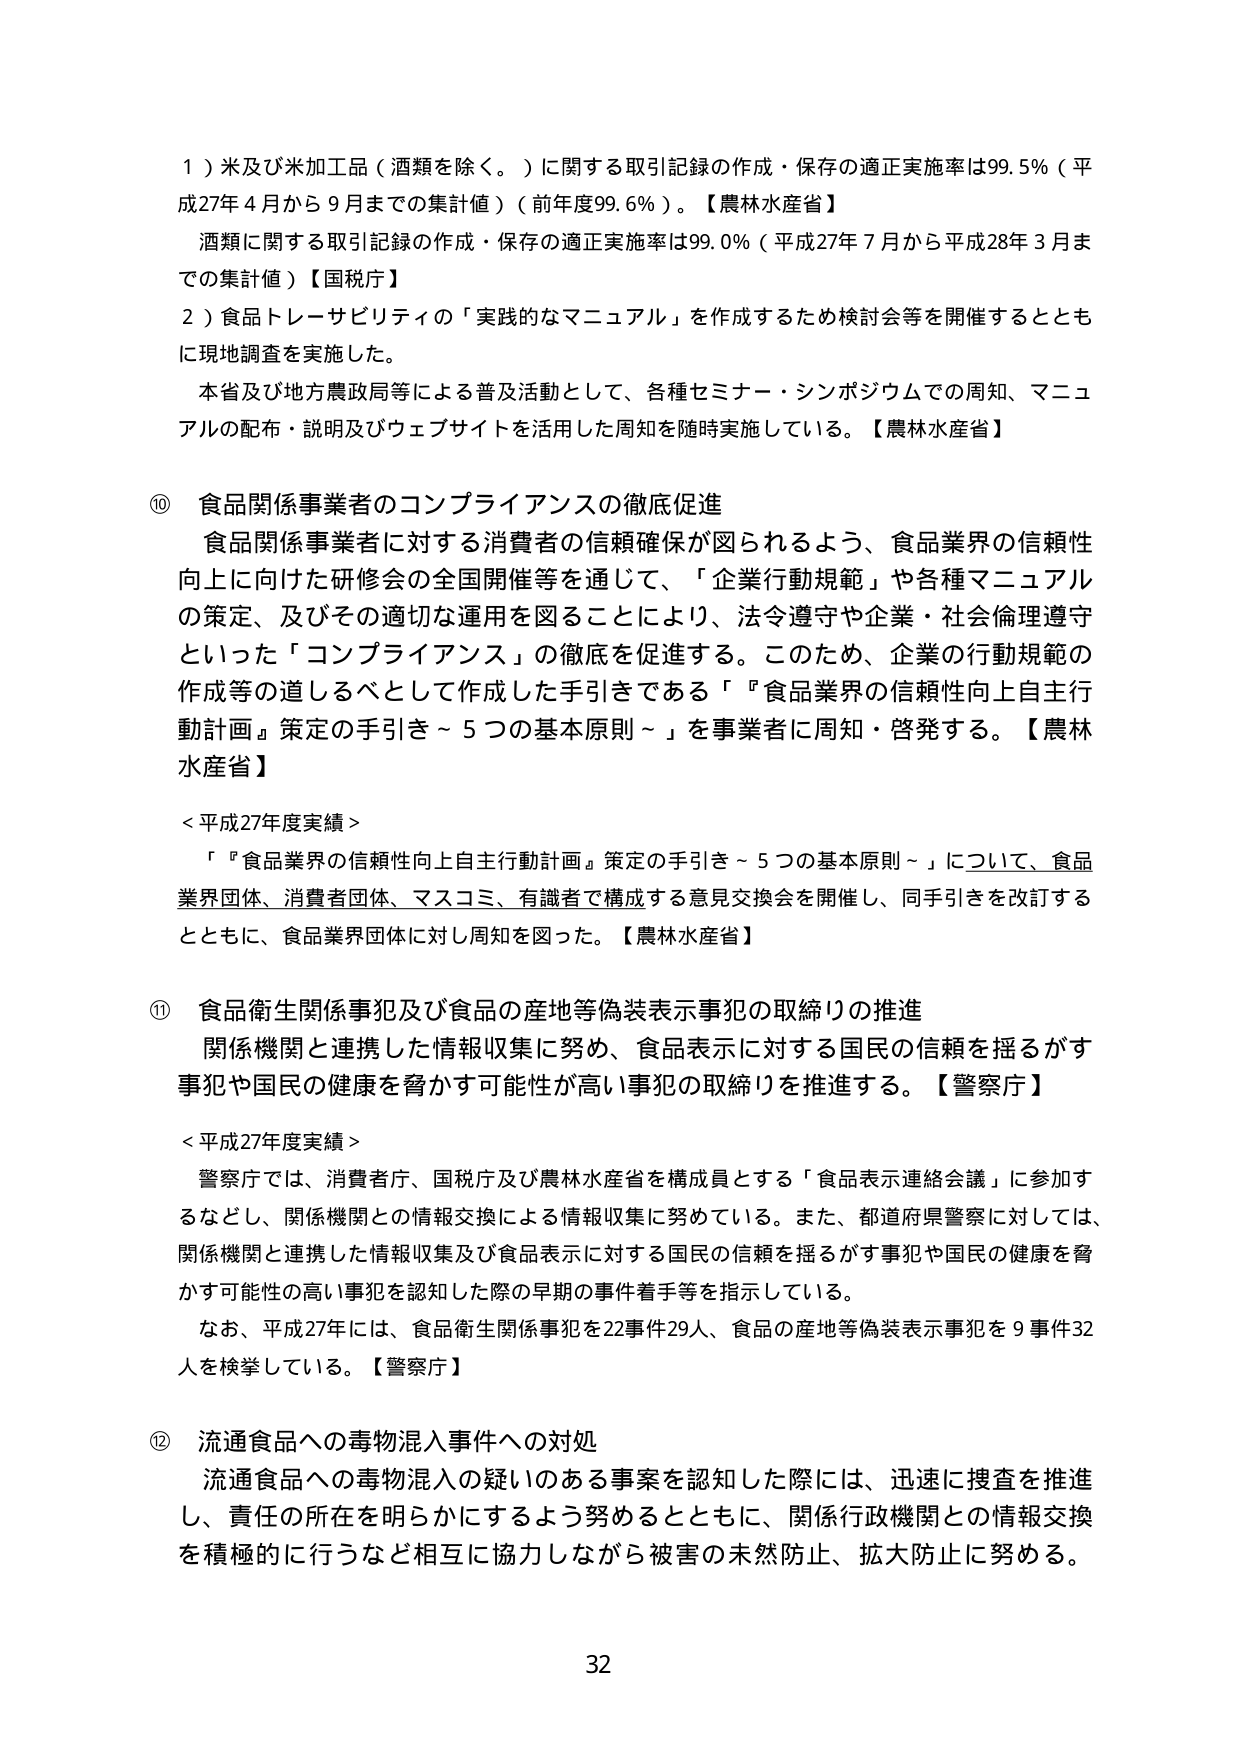
１）米及び米加工品（酒類を除く。）に関する取引記録の作成・保存の適正実施率は99.5％（平成27年４月から９月までの集計値）（前年度99.6％）。【農林水産省】
酒類に関する取引記録の作成・保存の適正実施率は99.0％（平成27年７月から平成28年３月までの集計値）【国税庁】
２）食品トレーサビリティの「実践的なマニュアル」を作成するため検討会等を開催するとともに現地調査を実施した。
本省及び地方農政局等による普及活動として、各種セミナー・シンポジウムでの周知、マニュアルの配布・説明及びウェブサイトを活用した周知を随時実施している。【農林水産省】

⑩ 食品関係事業者のコンプライアンスの徹底促進
食品関係事業者に対する消費者の信頼確保が図られるよう、食品業界の信頼性向上に向けた研修会の全国開催等を通じて、「企業行動規範」や各種マニュアルの策定、及びその適切な運用を図ることにより、法令遵守や企業・社会倫理遵守といった「コンプライアンス」の徹底を促進する。このため、企業の行動規範の作成等の道しるべとして作成した手引きである「『食品業界の信頼性向上自主行動計画』策定の手引き～５つの基本原則～」を事業者に周知・啓発する。【農林水産省】

＜平成27年度実績＞
「『食品業界の信頼性向上自主行動計画』策定の手引き～５つの基本原則～」について、食品業界団体、消費者団体、マスコミ、有識者で構成する意見交換会を開催し、同手引きを改訂するとともに、食品業界団体に対し周知を図った。【農林水産省】

⑪ 食品衛生関係事犯及び食品の産地等偽装表示事犯の取締りの推進
関係機関と連携した情報収集に努め、食品表示に対する国民の信頼を揺るがす事犯や国民の健康を脅かす可能性が高い事犯の取締りを推進する。【警察庁】

＜平成27年度実績＞
警察庁では、消費者庁、国税庁及び農林水産省を構成員とする「食品表示連絡会議」に参加するなどし、関係機関との情報交換による情報収集に努めている。また、都道府県警察に対しては、関係機関と連携した情報収集及び食品表示に対する国民の信頼を揺るがす事犯や国民の健康を脅かす可能性の高い事犯を認知した際の早期の事件着手等を指示している。
なお、平成27年には、食品衛生関係事犯を22事件29人、食品の産地等偽装表示事犯を9事件32人を検挙している。【警察庁】

⑫ 流通食品への毒物混入事件への対処
流通食品への毒物混入の疑いのある事案を認知した際には、迅速に捜査を推進し、責任の所在を明らかにするよう努めるとともに、関係行政機関との情報交換を積極的に行うなど相互に協力しながら被害の未然防止、拡大防止に努める。

32